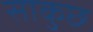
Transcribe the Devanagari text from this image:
साकुछ